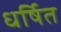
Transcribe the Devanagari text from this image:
धर्षित